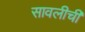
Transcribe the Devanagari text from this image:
सावलीची